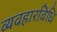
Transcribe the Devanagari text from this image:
व्यवहारविधि